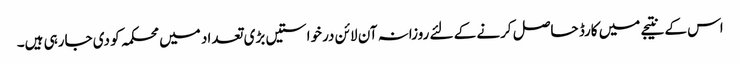
اس کے نتیجے میں کارڈ حاصل کرنے کے لئے روزانہ آن لائن درخواستیں بڑی تعداد میں محکمہ کو دی جارہی ہیں۔